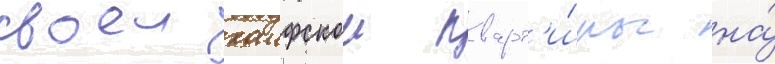
своеи хаифскои кварт'и́ры на́